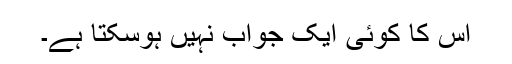
اس کا کوئی ایک جواب نہیں ہوسکتا ہے۔